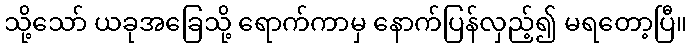
သို့သော် ယခုအခြေသို့ ရောက်ကာမှ နောက်ပြန်လှည့်၍ မရတော့ပြီ။